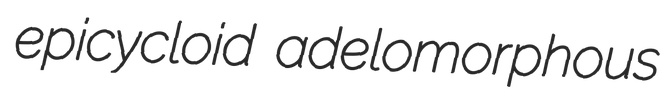
epicycloid adelomorphous